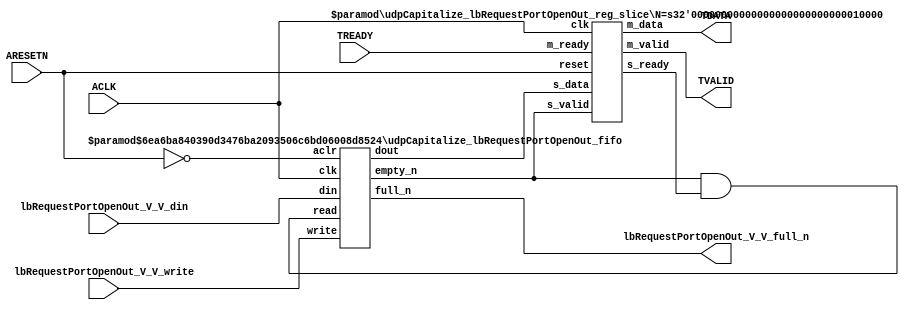
// ==============================================================
// File generated by Vivado(TM) HLS - High-Level Synthesis from C, C++ and SystemC
// Version: 2016.3
// Copyright (C) 1986-2016 Xilinx, Inc. All Rights Reserved.
// 
// ==============================================================


`timescale 1ns/1ps

module udpCapitalize_lbRequestPortOpenOut_if (
    // AXI4-Stream singals
    input  wire        ACLK,
    input  wire        ARESETN,
    output wire        TVALID,
    input  wire        TREADY,
    output wire [15:0] TDATA,
    // User signals
    input  wire [15:0] lbRequestPortOpenOut_V_V_din,
    output wire        lbRequestPortOpenOut_V_V_full_n,
    input  wire        lbRequestPortOpenOut_V_V_write
);
//------------------------Local signal-------------------
// FIFO
wire [0:0]  fifo_read;
wire [0:0]  fifo_empty_n;
wire [15:0] lbRequestPortOpenOut_V_V_dout;
wire [0:0]  lbRequestPortOpenOut_V_V_empty_n;
// register slice
wire [0:0]  s_valid;
wire [0:0]  s_ready;
wire [15:0] s_data;
wire [0:0]  m_valid;
wire [0:0]  m_ready;
wire [15:0] m_data;

//------------------------Instantiation------------------
// rs
udpCapitalize_lbRequestPortOpenOut_reg_slice #(
    .N       ( 16 )
) rs (
    .clk     ( ACLK ),
    .reset   ( ARESETN ),
    .s_data  ( s_data ),
    .s_valid ( s_valid ),
    .s_ready ( s_ready ),
    .m_data  ( m_data ),
    .m_valid ( m_valid ),
    .m_ready ( m_ready )
);

// lbRequestPortOpenOut_V_V_fifo
udpCapitalize_lbRequestPortOpenOut_fifo #(
    .DATA_BITS  ( 16 ),
    .DEPTH_BITS ( 4 )
) lbRequestPortOpenOut_V_V_fifo (
    .clk        ( ACLK ),
    .aclr       ( ~ARESETN ),
    .empty_n    ( lbRequestPortOpenOut_V_V_empty_n ),
    .full_n     ( lbRequestPortOpenOut_V_V_full_n ),
    .read       ( fifo_read ),
    .write      ( lbRequestPortOpenOut_V_V_write ),
    .dout       ( lbRequestPortOpenOut_V_V_dout ),
    .din        ( lbRequestPortOpenOut_V_V_din )
);

//------------------------Body---------------------------
//++++++++++++++++++++++++AXI4-Stream++++++++++++++++++++
assign TVALID = m_valid;
assign TDATA  = m_data[15:0];

//+++++++++++++++++++++++++++++++++++++++++++++++++++++++

//++++++++++++++++++++++++Reigister Slice++++++++++++++++
assign s_valid = fifo_empty_n;
assign m_ready = TREADY;
assign s_data  = {lbRequestPortOpenOut_V_V_dout};

//+++++++++++++++++++++++++++++++++++++++++++++++++++++++

//++++++++++++++++++++++++FIFO+++++++++++++++++++++++++++
assign fifo_read    = fifo_empty_n & s_ready;
assign fifo_empty_n = lbRequestPortOpenOut_V_V_empty_n;

//+++++++++++++++++++++++++++++++++++++++++++++++++++++++

endmodule



`timescale 1ns/1ps

module udpCapitalize_lbRequestPortOpenOut_fifo
#(parameter
    DATA_BITS  = 8,
    DEPTH_BITS = 4
)(
    input  wire                 clk,
    input  wire                 aclr,
    output wire                 empty_n,
    output wire                 full_n,
    input  wire                 read,
    input  wire                 write,
    output wire [DATA_BITS-1:0] dout,
    input  wire [DATA_BITS-1:0] din
);
//------------------------Parameter----------------------
localparam
    DEPTH = 1 << DEPTH_BITS;
//------------------------Local signal-------------------
reg                   empty;
reg                   full;
reg  [DEPTH_BITS-1:0] index;
reg  [DATA_BITS-1:0]  mem[0:DEPTH-1];
//------------------------Body---------------------------
assign empty_n = ~empty;
assign full_n  = ~full;
assign dout    = mem[index];

// empty
always @(posedge clk or posedge aclr) begin
    if (aclr)
        empty <= 1'b1;
    else if (empty & write & ~read)
        empty <= 1'b0;
    else if (~empty & ~write & read & (index==1'b0))
        empty <= 1'b1;
end

// full
always @(posedge clk or posedge aclr) begin
    if (aclr)
        full <= 1'b0;
    else if (full & read & ~write)
        full <= 1'b0;
    else if (~full & ~read & write & (index==DEPTH-2'd2))
        full <= 1'b1;
end

// index
always @(posedge clk or posedge aclr) begin
    if (aclr)
        index <= {DEPTH_BITS{1'b1}};
    else if (~empty & ~write & read)
        index <= index - 1'b1;
    else if (~full & ~read & write)
        index <= index + 1'b1;
end

// mem
always @(posedge clk) begin
    if (~full & write) mem[0] <= din;
end

genvar i;
generate
    for (i = 1; i < DEPTH; i = i + 1) begin : gen_sr
        always @(posedge clk) begin
            if (~full & write) mem[i] <= mem[i-1];
        end
    end
endgenerate

endmodule

`timescale 1ns/1ps

module udpCapitalize_lbRequestPortOpenOut_reg_slice
#(parameter
    N = 8   // data width
) (
    // system signals
    input  wire         clk,
    input  wire         reset,
    // slave side
    input  wire [N-1:0] s_data,
    input  wire         s_valid,
    output wire         s_ready,
    // master side
    output wire [N-1:0] m_data,
    output wire         m_valid,
    input  wire         m_ready
);
//------------------------Parameter----------------------
// state
localparam [1:0]
    ZERO = 2'b10,
    ONE  = 2'b11,
    TWO  = 2'b01;
//------------------------Local signal-------------------
reg  [N-1:0] data_p1;
reg  [N-1:0] data_p2;
wire         load_p1;
wire         load_p2;
wire         load_p1_from_p2;
reg          s_ready_t;
reg  [1:0]   state;
reg  [1:0]   next;
//------------------------Body---------------------------
assign s_ready = s_ready_t;
assign m_data  = data_p1;
assign m_valid = state[0];

assign load_p1 = (state == ZERO && s_valid) ||
                 (state == ONE && s_valid && m_ready) ||
                 (state == TWO && m_ready);
assign load_p2 = s_valid & s_ready;
assign load_p1_from_p2 = (state == TWO);

// data_p1
always @(posedge clk) begin
    if (load_p1) begin
        if (load_p1_from_p2)
            data_p1 <= data_p2;
        else
            data_p1 <= s_data;
    end
end

// data_p2
always @(posedge clk) begin
    if (load_p2) data_p2 <= s_data;
end

// s_ready_t
always @(posedge clk) begin
    if (~reset)
        s_ready_t <= 1'b0;
    else if (state == ZERO)
        s_ready_t <= 1'b1;
    else if (state == ONE && next == TWO)
        s_ready_t <= 1'b0;
    else if (state == TWO && next == ONE)
        s_ready_t <= 1'b1;
end

// state
always @(posedge clk) begin
    if (~reset)
        state <= ZERO;
    else
        state <= next;
end

// next
always @(*) begin
    case (state)
        ZERO:
            if (s_valid & s_ready)
                next = ONE;
            else
                next = ZERO;
        ONE:
            if (~s_valid & m_ready)
                next = ZERO;
            else if (s_valid & ~m_ready)
                next = TWO;
            else
                next = ONE;
        TWO:
            if (m_ready)
                next = ONE;
            else
                next = TWO;
        default:
            next = ZERO;
    endcase
end

endmodule